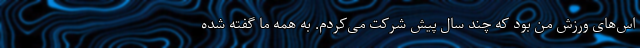
اس‌های ورزش من بود که چند سال پیش شرکت می‌کردم. به همه ما گفته شده